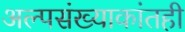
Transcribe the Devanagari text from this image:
अल्पसंख्याकांतही